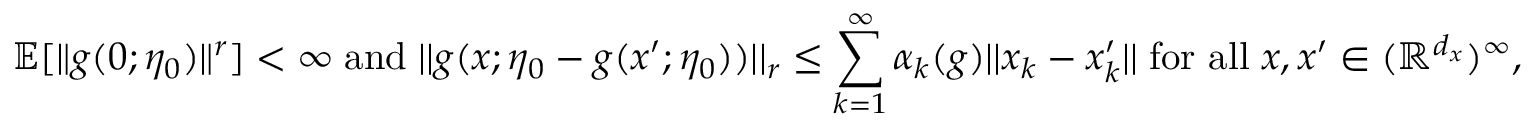
\mathbb { E } [ \| g ( 0 ; \eta _ { 0 } ) \| ^ { r } ] < \infty \; \mathrm { a n d } \; | | g ( x ; \eta _ { 0 } - g ( x ^ { \prime } ; \eta _ { 0 } ) ) | | _ { r } \leq \sum _ { k = 1 } ^ { \infty } \alpha _ { k } ( g ) | | x _ { k } - x _ { k } ^ { \prime } | | \; \mathrm { f o r ~ a l l } \; x , x ^ { \prime } \in ( \mathbb { R } ^ { d _ { x } } ) ^ { \infty } ,